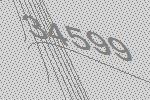
34599